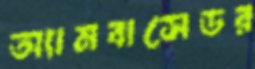
অ্যামবাসেডর